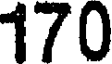
170